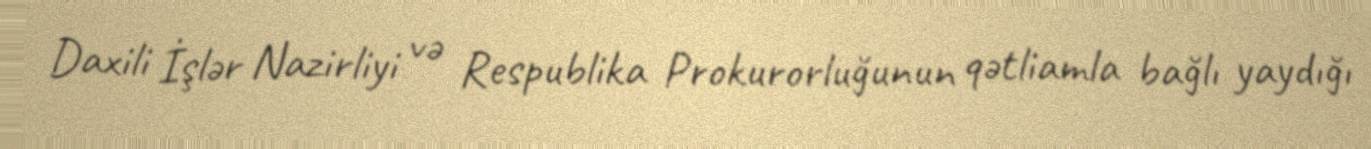
Daxili İşlər Nazirliyi və Respublika Prokurorluğunun qətliamla bağlı yaydığı